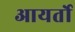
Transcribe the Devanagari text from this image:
आयर्तो